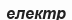
електр